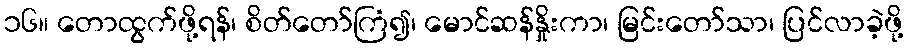
၁၆။ တောထွက်ဖို့ရန်၊ စိတ်တော်ကြံ၍၊ မောင်ဆန်နှိုးကာ၊ မြင်းတော်သာ၊ ပြင်လာခဲ့ဖို့